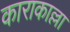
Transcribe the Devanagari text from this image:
काराकाल्ला